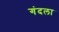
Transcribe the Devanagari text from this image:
गंदला